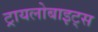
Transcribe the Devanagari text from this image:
ट्रायलोबाइट्स